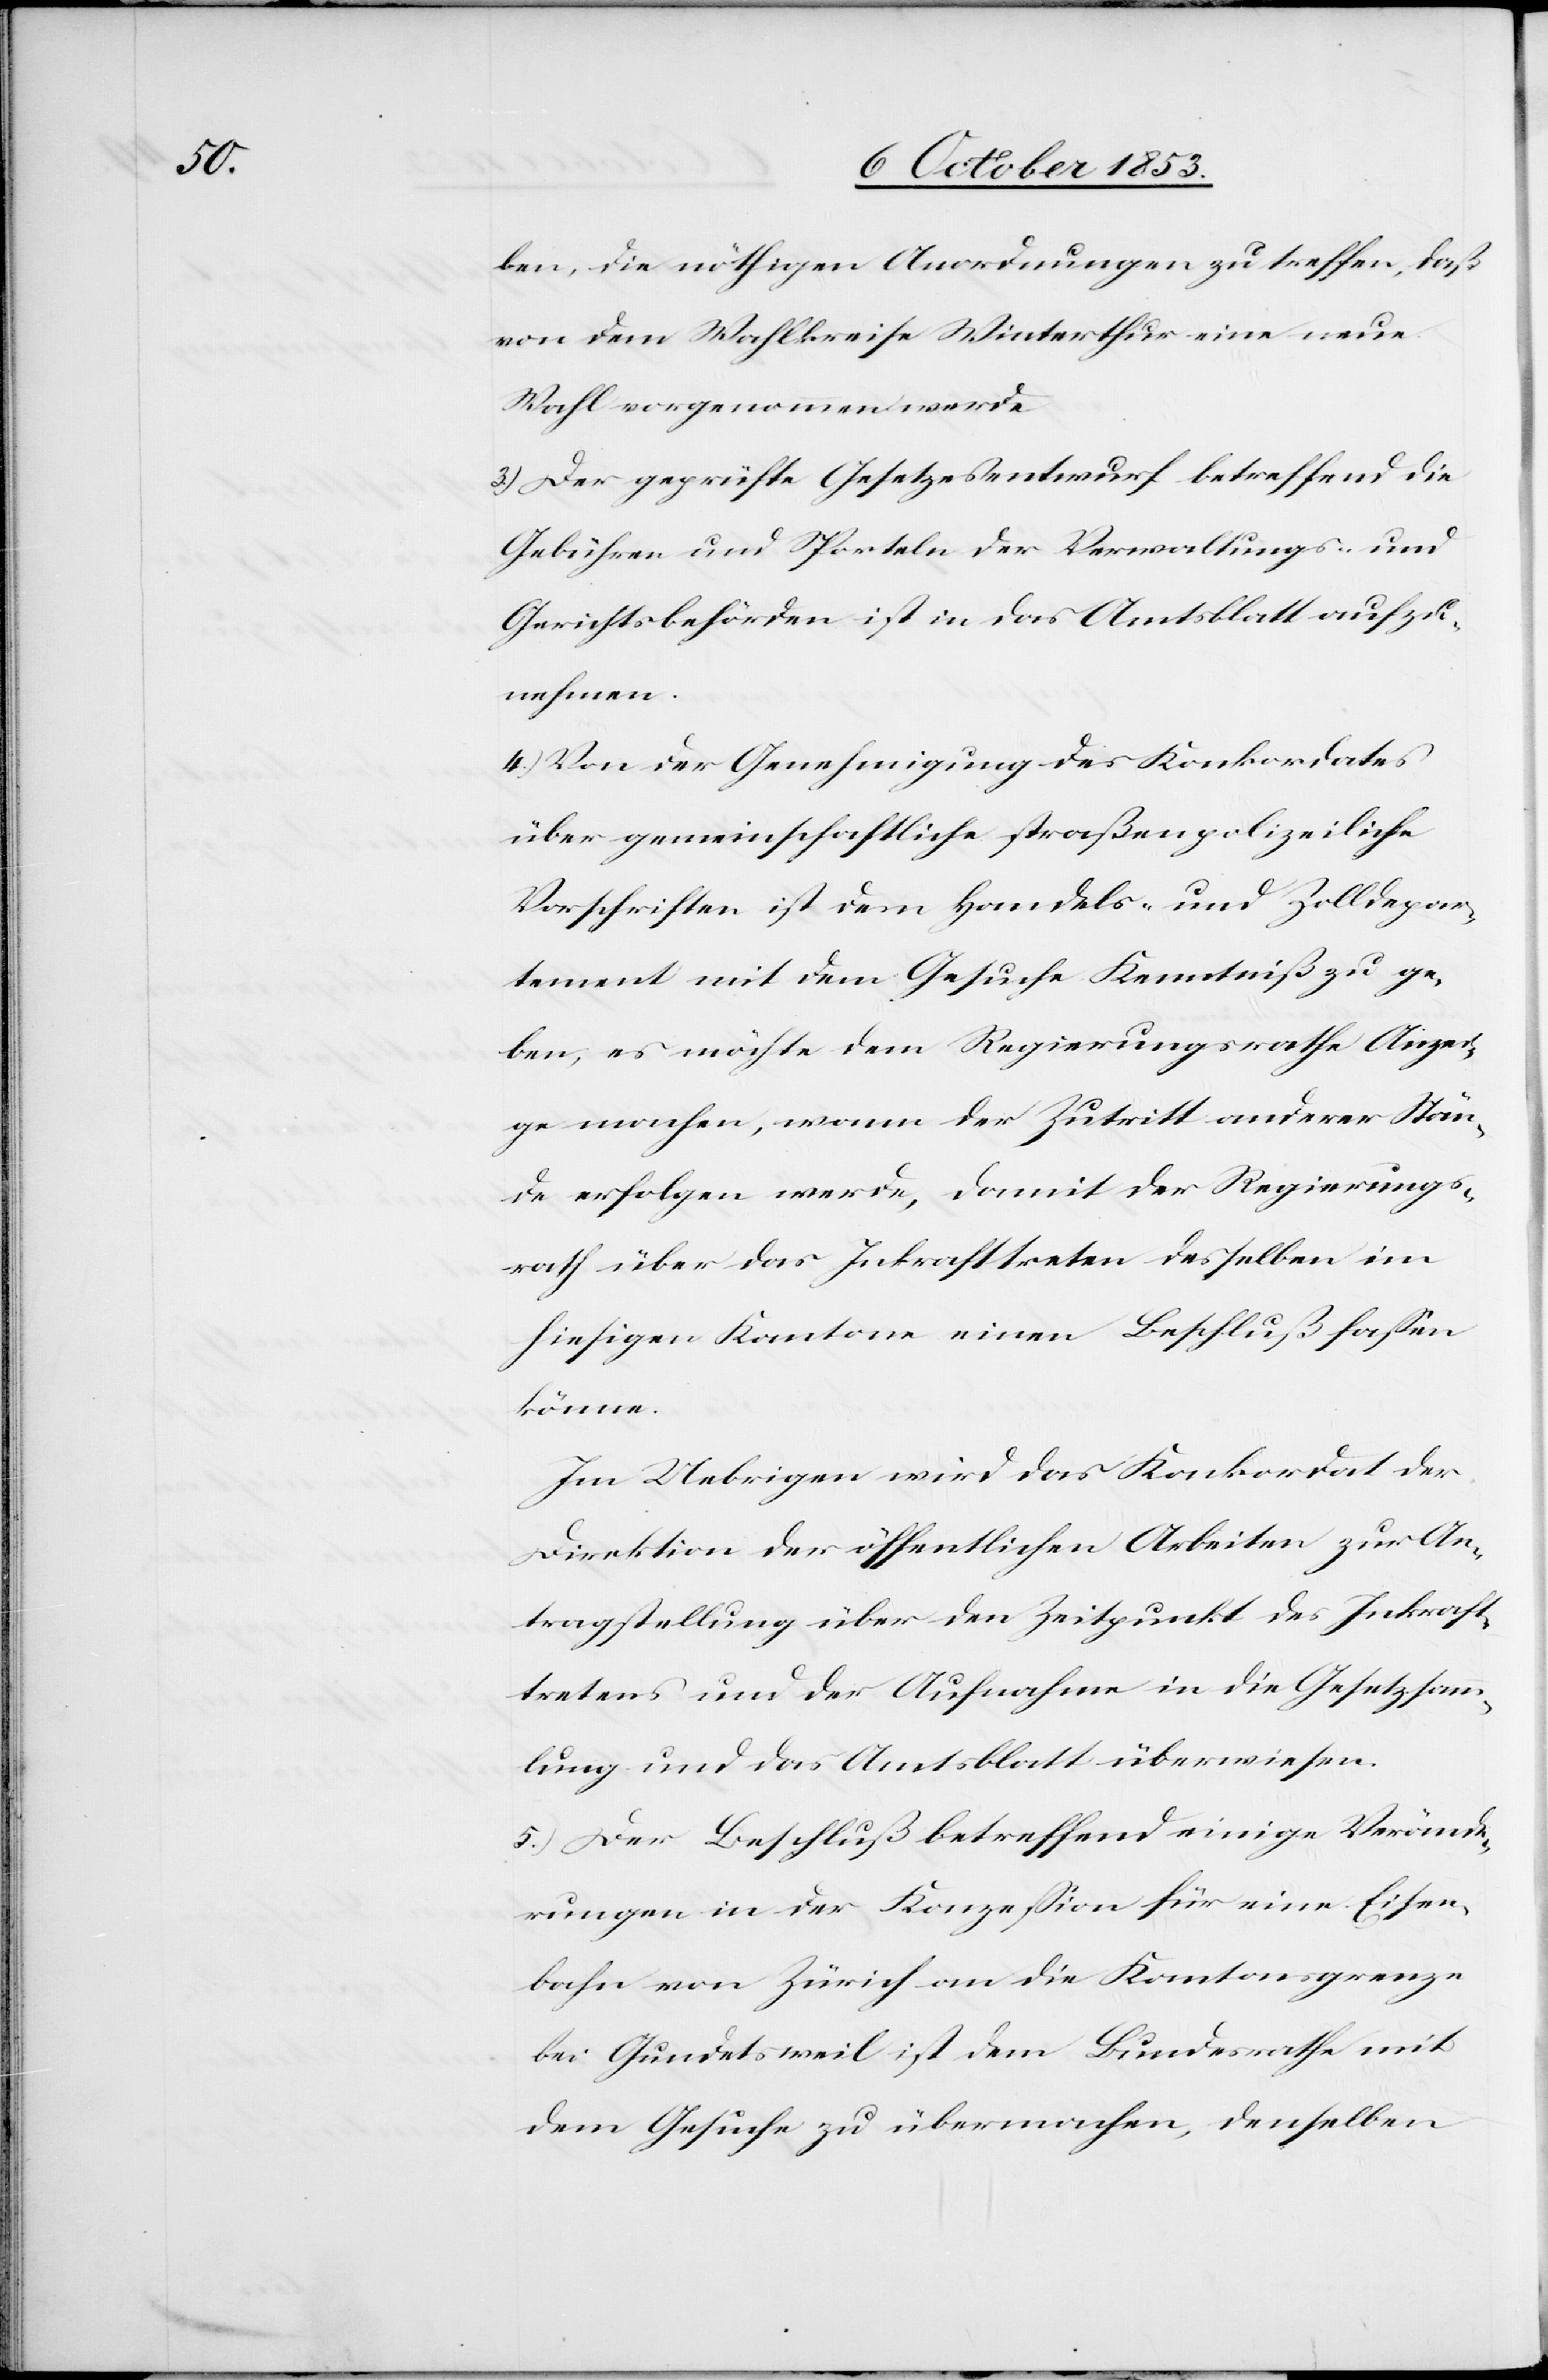
ben, die nöthigen Anordnungen zu treffen, daß
von dem Wahlkreise Winterthur eine neue
Wahl vorgenommen werde.
3.) Der geprüfte Gesetzesentwurf betreffend die
Gebühren und Sporteln der Verwaltungs- und
Gerichtsbehörden ist in das Amtsblatt aufzu¬
nehmen.
4.) Von der Genehmigung des Konkordates
über gemeinschaftliche straßenpolizeiliche
Vorschriften ist dem Handels- und Zolldepar¬
tement mit dem Gesuche Kenntniß zu ge¬
ben, es möchte dem Regierungsrathe Anzei¬
ge machen, wenn der Zutritt anderer Stän¬
de erfolgen werde, damit der Regierungs¬
rath über das Inkrafttreten desselben im
hiesigen Kanton einen Beschluß faßen
könne.
Im Uebrigen wird das Konkordat der
Direktion der öffentlichen Arbeiten zur An¬
tragstellung über den Zeitpunkt des Inkraft¬
tretens und der Aufnahme in die Gesetzessamm¬
lung und das Amtsblatt überwiesen.
5.) Der Beschluß betreffend einige Verände¬
rungen in der Konzeßion für eine Eisen¬
bahn von Zürich an die Kantonsgrenze
bei Gundetsweil ist dem Bundesrathe mit
dem Gesuche zu übermachen, denselben